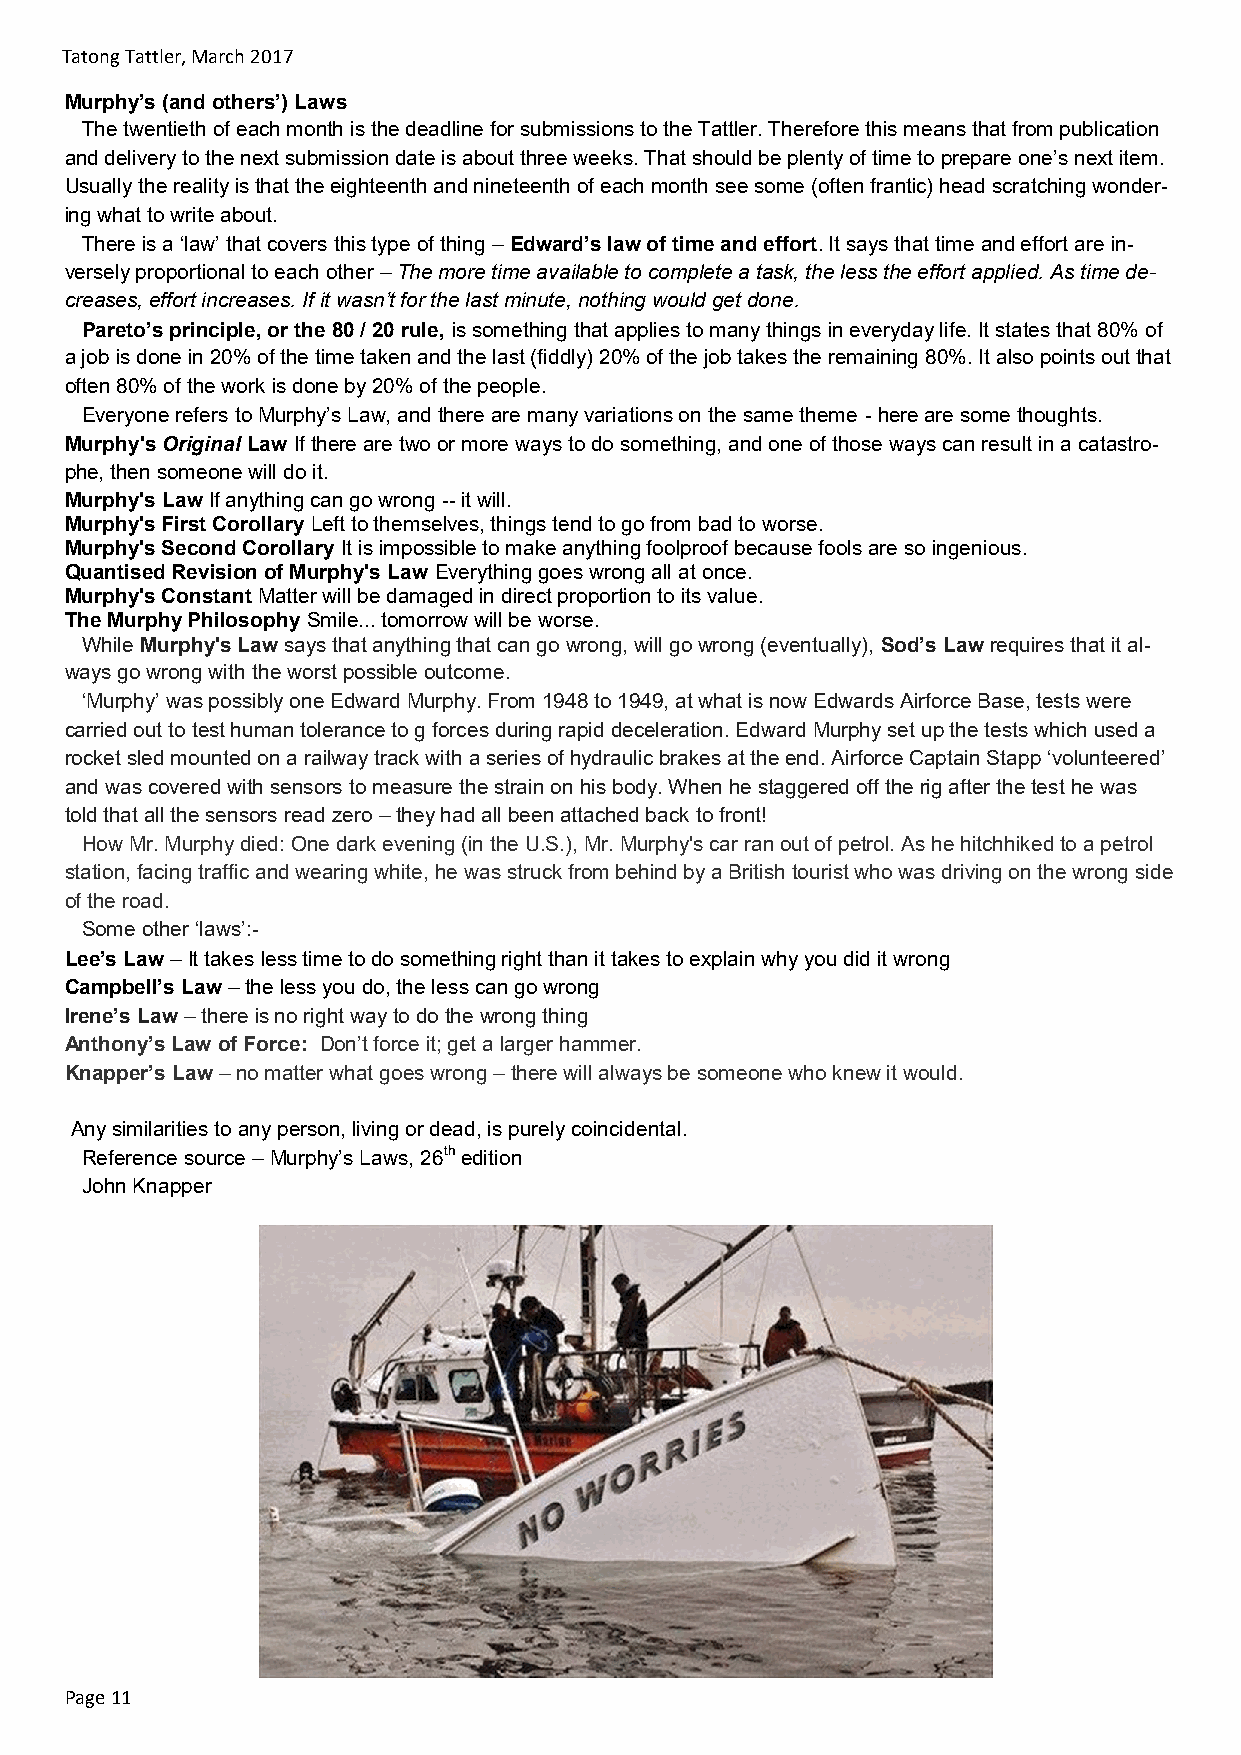
Tatong Tattler, March 2017
 Murphy’s (and others’) Laws
 The twentieth of each month is the deadline for submissions to the Tattler. Therefore this means that from publication
 and delivery to the next submission date is about three weeks. That should be plenty of time to prepare one’s next item.
 Usually the reality is that the eighteenth and nineteenth of each month see some (often frantic) head scratching wonder-
 ing what to write about.
 There is a ‘law’ that covers this type of thing – Edward’s law of time and effort. It says that time and effort are in-
 versely proportional to each other – The more time available to complete a task, the less the effort applied. As time de-
 creases, effort increases. If it wasn’t for the last minute, nothing would get done.
 Pareto’s principle, or the 80 / 20 rule, is something that applies to many things in everyday life. It states that 80% of
 a job is done in 20% of the time taken and the last (fiddly) 20% of the job takes the remaining 80%. It also points out that
 often 80% of the work is done by 20% of the people.
 Everyone refers to Murphy’s Law, and there are many variations on the same theme - here are some thoughts.
 Murphy's Original Law If there are two or more ways to do something, and one of those ways can result in a catastro-
 phe, then someone will do it.
 Murphy's Law If anything can go wrong -- it will.
 Murphy's First Corollary Left to themselves, things tend to go from bad to worse.
 Murphy's Second Corollary It is impossible to make anything foolproof because fools are so ingenious.
 Quantised Revision of Murphy's Law Everything goes wrong all at once.
 Murphy's Constant Matter will be damaged in direct proportion to its value.
 The Murphy Philosophy Smile... tomorrow will be worse.
 While Murphy's Law says that anything that can go wrong, will go wrong (eventually), Sod’s Law requires that it al-
 ways go wrong with the worst possible outcome.
 ‘Murphy’ was possibly one Edward Murphy. From 1948 to 1949, at what is now Edwards Airforce Base, tests were
 carried out to test human tolerance to g forces during rapid deceleration. Edward Murphy set up the tests which used a
 rocket sled mounted on a railway track with a series of hydraulic brakes at the end. Airforce Captain Stapp ‘volunteered’
 and was covered with sensors to measure the strain on his body. When he staggered off the rig after the test he was
 told that all the sensors read zero – they had all been attached back to front!
 How Mr. Murphy died: One dark evening (in the U.S.), Mr. Murphy's car ran out of petrol. As he hitchhiked to a petrol
 station, facing traffic and wearing white, he was struck from behind by a British tourist who was driving on the wrong side
 of the road.
 Some other ‘laws’:-
 Lee’s Law – It takes less time to do something right than it takes to explain why you did it wrong
 Campbell’s Law – the less you do, the less can go wrong
 Irene’s Law – there is no right way to do the wrong thing
 Anthony’s Law of Force: Don’t force it; get a larger hammer.
 Knapper’s Law – no matter what goes wrong – there will always be someone who knew it would.
 Any similarities to any person, living or dead, is purely coincidental.
 Reference source – Murphy’s Laws, 26th edition
 John Knapper
 Page 11